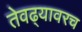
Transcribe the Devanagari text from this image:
तेवढ्यावरच